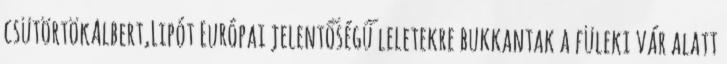
csütörtökAlbert,Lipót Európai jelentőségű leletekre bukkantak a füleki vár alatt